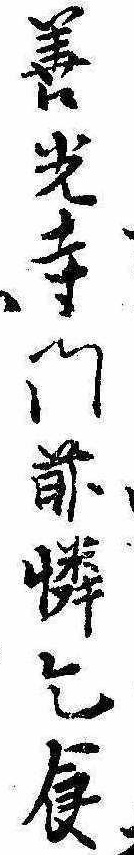
善光寺門前憐乞食